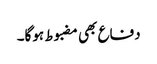
دفاع بھی مضبوط ہوگا۔